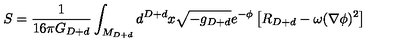
S = { \frac { 1 } { 1 6 \pi G _ { D + d } } } \int _ { M _ { D + d } } d ^ { D + d } x \sqrt { - g _ { D + d } } e ^ { - \phi } \left[ R _ { D + d } - \omega ( \nabla \phi ) ^ { 2 } \right]